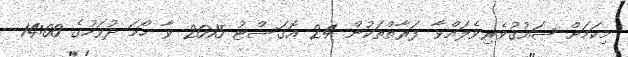
މިކަމަށް ޝައުޤުވެރިވެލައްވާ ފަރާތްތަކުން 24 އޮގަސްޓު 2015 ވާ ހޯމަ ދުވަހުގެ 14:00